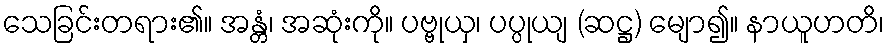
သေခြင်းတရား၏။ အန္တံ၊ အဆုံးကို။ ပဗ္ဗုယှ၊ ပပ္ပုယျ (ဆဋ္ဌ) မျော၍။ နာယူဟတိ၊